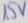
Text: 15V